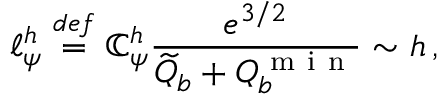
\ell _ { \psi } ^ { h } \ensuremath { \stackrel { \r { d e f } } { = } } \mathbb { C } _ { \psi } ^ { h } \frac { e ^ { 3 / 2 } } { \widetilde Q _ { b } + Q _ { b } ^ { \mathrm { ~ m ~ i ~ n ~ } } } \sim h \, ,